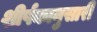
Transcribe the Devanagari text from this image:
शीर्षकानुसारी